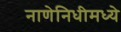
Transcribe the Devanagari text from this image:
नाणेनिधीमध्ये